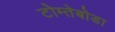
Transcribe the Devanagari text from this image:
टोम्तेबोडा